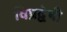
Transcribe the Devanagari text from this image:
विप्रद्वेषी